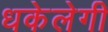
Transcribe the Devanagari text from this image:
धकेलेगी